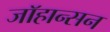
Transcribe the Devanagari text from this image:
जाॅहान्सन